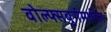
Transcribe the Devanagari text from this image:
वोल्फ्सबुर्गमधील